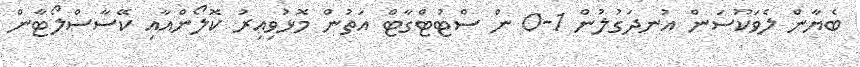
ބެޔާން ލެވަކޫސަން އުނދަގުލުން 1-0 ން ސްޓުޓްގާޓް އަތުން މޮޅުވިއިރު ކޮލޯންއާއި ކޭސާސްލޯޓާން